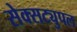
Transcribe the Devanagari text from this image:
सेक्सट्युपल